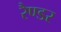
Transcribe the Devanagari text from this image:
रैण्डर